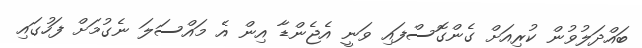
ބައްދަލުވުން ކުރިއަށް ގެންގޮސްފައި ވަނީ އެޖެންޑާ އިން އެ މައްސަލަ ނެގުމަށް ފަހުގައި